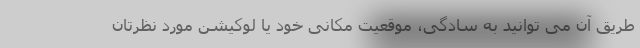
طریق آن می توانید به سادگی، موقعیت مکانی خود یا لوکیشن مورد نظرتان